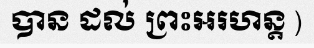
បាន ដល់ ព្រះអរហន្ត )